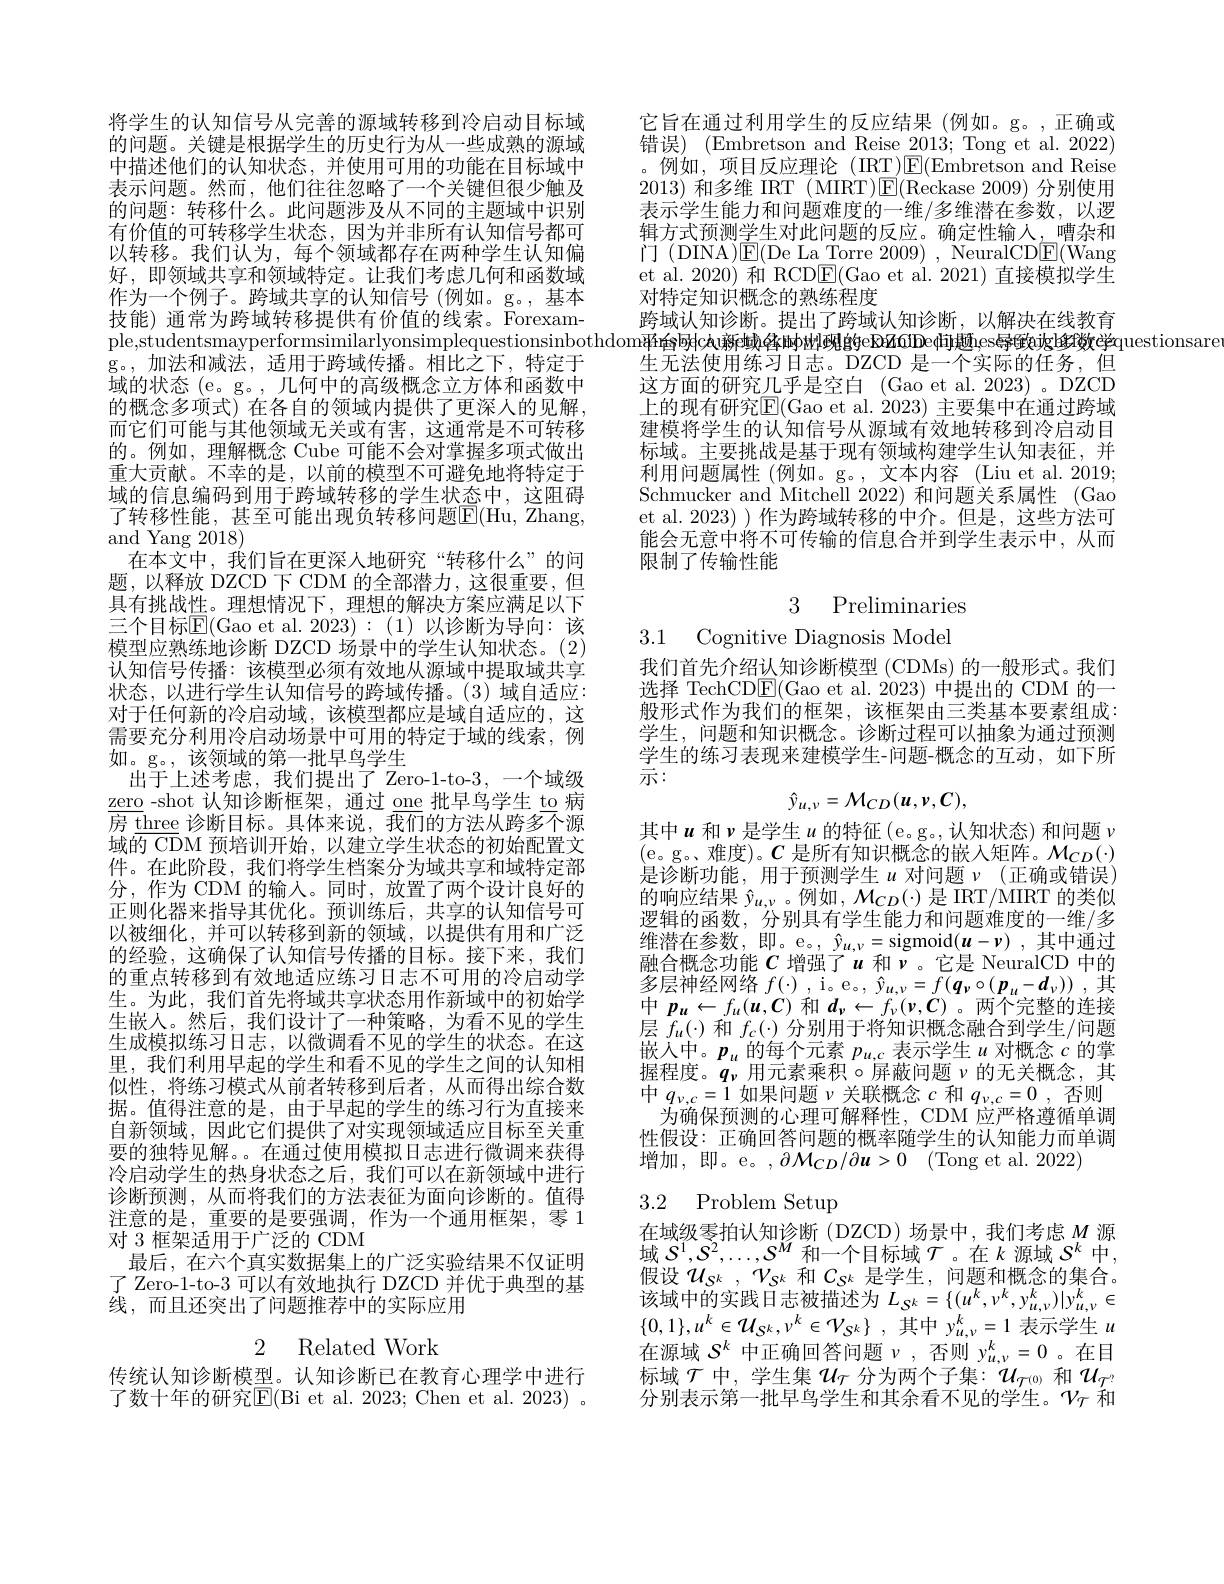
将学生的认知信号从完善的源域转移到冷启动目标域的问题。关键是根据学生的历史行为从一些成熟的源域中描述他们的认知状态，并使用可用的功能在目标域中表示问题。然而，他们往往忽略了一个关键但很少触及的问题：转移什么。此问题涉及从不同的主题域中识别有价值的可转移学生状态，因为并非所有认知信号都可以转移。我们认为，每个领域都存在两种学生认知偏好，即领域共享和领域特定。让我们考虑几何和函数域作为一个例子。跨域共享的认知信号(例如。g。,基本技能) 通常为跨域转移提供有价值的线索。Forexamg。,加法和减法，适用于跨域传播。相比之下，特定于域的状态 (e。g。, 几何中的高级概念立方体和函数中的概念多项式) 在各自的领域内提供了更深人的见解， 而它们可能与其他领域无关或有害，这通常是不可转移的。例如，理解概念 Cube 可能不会对掌握多项式做出重大贡献。不幸的是，以前的模型不可避免地将特定于域的信息编码到用于跨域转移的学生状态中，这阻碍了转移性能，甚至可能出现负转移问题$\overline{\mathbb{E}}($Hu, Zhang, and Yang 2018)
在本文中，我们旨在更深人地研究“转移什么”的问题，以释放 DZCD 下 CDM 的全部潜力，这很重要，但具有挑战性。理想情况下，理想的解决方案应满足以下三个目标$\overline{\mathrm{E}}($Gao et al.2023):(1)以诊断为导向：该模型应熟练地诊断 DZCD 场景中的学生认知状态。(2) 认知信号传播：该模型必须有效地从源域中提取域共享状态，以进行学生认知信号的跨域传播。(3)域自适应： 对干仟何新的冷启动域，该模型都应是域自话应的，这需要充分利用冷启动场景中可用的特定于域的线索，例如。g。,该领域的第一批早鸟学生
出于上述考虑，我们提出了 Zero-1-to-3, 一个域级$\underline{\text{zero}}$-shot 认知诊断框架，通过 one 批早鸟学生 to 病房 three 诊断目标。具体来说，我们的方法从跨多个源域$\overline{\text{的 CD}}$M 预培训开始，以建立学生状态的初始配置文件。在此阶段，我们将学生档案分为域共享和域特定部分，作为 CDM 的输入。同时，放置了两个设计良好的正则化器来指导其优化。预训练后，共享的认知信号可以被细化，并可以转移到新的领域，以提供有用和广泛的经验，这确保了认知信号传播的目标。接下来，我们的重点转移到有效地适应练习日志不可用的冷启动学生。为此，我们首先将域共享状态用作新域中的初始学生嵌入。然后，我们设计了一种策略，为看不见的学生生成模拟练习日志，以微调看不见的学生的状态。在这里，我们利用早起的学生和看不见的学生之间的认知相似性，将练习模式从前者转移到后者，从而得出综合数据。值得注意的是，由于早起的学生的练习行为直接来自新领域，因此它们提供了对实现领域适应目标至关重要的独特见解。。在通过使用模拟日志进行微调来获得冷启动学生的热身状态之后，我们可以在新领域中进行诊断预测，从而将我们的方法表征为面向诊断的。值得注意的是，重要的是要强调，作为一个通用框架，零 1对 3 框架适用于广泛的 CDM
最后，在六个真实数据集上的广泛实验结果不仅证明了 Zero-1-to-3 可以有效地执行 DZCD 并优于典型的基线，而且还突出了问题推荐中的实际应用

2 Related Work

传统认知诊断模型。认知诊断已在教育心理学中进行了 数 十 年 的 栅 究 | F| ( Bi et al. 2023: Chen et al. 2023)

它旨在通过利用学生的反应结果(例如。g。,正确或错误)(Embretson and Reise 2013; Tong et al. 2022) 。例如，项目反应理论(IRT)$\underline{\mathrm{E}}($Embretson and Reise 2013)和多维 IRT (MIRT)$\operatorname{E}($Reckase 2009)分别使用表示学生能力和问题难度的一维/多维潜在参数，以逻辑方式预测学生对此问题的反应。确定性输入，嘈杂和门 (DINA)E$( De La Torre 2009) , $NeuralCDE$( Wang$ et al. 2020) 和 RCD$\overline{\mathrm{E}}($Gao et al. 2021) 直接模拟学生对特定知识概念的熟练程度
跨域认知诊断。提出了跨域认知诊断，以解决在线教育
ple,studentsmayperformsimilarlyonsimplequestionsinbothdom¥$\'{ı}鹷c倝漸蜮鞗埘尠觋啲eRZ\'{ı}flDed问题es导致或修f数学questionsare$
生无法使用练习日志。DZCD 是一个实际的任务，但这方面的研究几乎是空白 (Gao et al.2023)。DZCD 上的现有研究$\overline{\mathrm{E}}($Gao et al. 2023) 主要集中在通过跨域建模将学生的认知信号从源域有效地转移到冷启动目标域。主要挑战是基于现有领域构建学生认知表征，并利用问题属性(例如。g。,文本内容(Liu et al. 2019; Schmucker and Mitchell 2022) 和问题关系属性 (Gao et al. 2023) ) 作为跨域转移的中介。但是，这些方法可能会无意中将不可传输的信息合并到学生表示中，从而限制了传输性能

3 Preliminaries

3.1 Cognitive Diagnosis Model

我们首先介绍认知诊断模型 (CDMs) 的一般形式。我们选择 TechCD$\underline{\mathrm{E}}($Gao et al.2023)中提出的 CDM 的一般形式作为我们的框架，该框架由三类基本要素组成： 学生，问题和知识概念。诊断过程可以抽象为通过预测学生的练习表现来建模学生-问题-概念的互动，如下所示：
$$\hat{y}_{u,\nu}=\mathcal{M}_{CD}(u,v,C),$$
其中$u$和$\nu$是学生$u$的特征(e。g。,认知状态) 和问题$\nu$ (e。g。、难度)。$\boldsymbol{C}$ 是所有知识概念的嵌入矩阵。$\mathcal{M}_CD(\cdot)$ 是诊断功能，用于预测学生$u$ 对问题 $\nu$(正确或错误) 的响应结果 $\hat{y}_{u,\nu}$。例如$,\mathcal{M}_CD(\cdot)$ 是 IRT/MIRT 的类似逻辑的函数，分别具有学生能力和问题难度的一维/多维潜在参数，即。e。, $\hat{y}_{u,\nu}=$sigmoid$(\boldsymbol u-\nu)$ ,其中通过融合概念功能 $C$ 增强了$u$ 和$\nu$。它是 NeuralCD 中的${\text{多 层 神 经 网 络 }f( \cdot ) }, {\mathrm{~i。e。, ~}\hat{y} }_{u, \nu }= f( \boldsymbol{q}_{\nu }\circ ( \boldsymbol{p}_{u}- \boldsymbol{d}_{\nu }) )$ ,其$\begin{array}{l}{\text{中 }p_{u}\leftarrow f_{u}(\boldsymbol{u},\boldsymbol{C})\text{ 和 }d_{\nu}\leftarrow f_{\nu}(\boldsymbol{\nu},\boldsymbol{C})\text{。两个完整的连接}}\\{\text{层 }f_{u}(\cdot)\text{ 和 }f_{c}(\cdot)\text{ 分别用于将知识概念融合到学生}/\text{问题}}\\\end{array}$ 嵌入中。$p_u$的每个元素$p_u,c$表示学生$u$对概念$c$的掌握程度。$q_\nu$用元素乘积$\circ$屏蔽问题$\nu$的无关概念，其中$q_{\nu,c}=1$如果问题$\nu$关联概念$c$和$q_\nu,c=0$ ,否则
为确保预测的心理可解释性，CDM 应严格遵循单调性假设：正确回答问题的概率随学生的认知能力而单调增加，即。e。$, \partial \mathcal{M} _{CD}/ \partial \boldsymbol{u}> 0$ (Tong et al. 2022)

# 3.2 Problem Setup

在域级零拍认知诊断(DZCD)场景中，我们考虑$M$源域$S^1,S^2,\ldots,S^M$和一个目标域$\mathcal{T}$。在$k$源域$\mathcal{S}^k$中假设$\mathcal{U} _{S^k}$ $, \mathcal{V} _{S^k}$和$C_{S^k}$是学生，问题和概念的集合。该域中的实践日志被描述为$L_S^k=\{(u^k,v^k,y_{u,\nu}^k)|y_{u,\nu}^k\in$ $\{ 0, 1\} , u^{k}\in \mathcal{U} _{S^{k}}, v^{k}\in \mathcal{V} _{S^{k}}\}$ ,其中$y_u,\nu^{k}=1$表示学生$u$ 在源域$S^k$中正确回答问题$\nu$,否则$y_u,\nu^k=0$ 。在目$\begin{array}{l}{\text{标域 }\mathcal{T},\text{ 学生集 }\mathcal{U}_{\tau}\text{ 分为两个子集：}\mathcal{U}_{\mathcal{T}^{(0)}}\text{ 和 }\mathcal{U}_{\mathcal{T}^{?}}}\\{\text{分别表示第一批早鸟学生和其余看不见的学生。}\mathcal{V}_{\mathcal{T}}\text{ 和}}\end{array}$